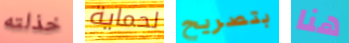
خذلته لحماية بتصريح هنا